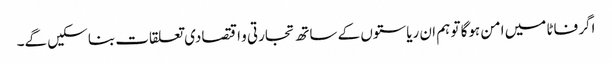
اگر فاٹا میں امن ہوگا تو ہم ان ریاستوں کے ساتھ تجارتی و اقتصادی تعلقات بنا سکیں گے۔